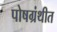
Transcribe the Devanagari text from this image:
पोषग्रंथीत